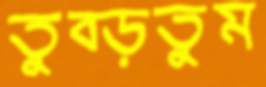
তুব্‌ড়তুম